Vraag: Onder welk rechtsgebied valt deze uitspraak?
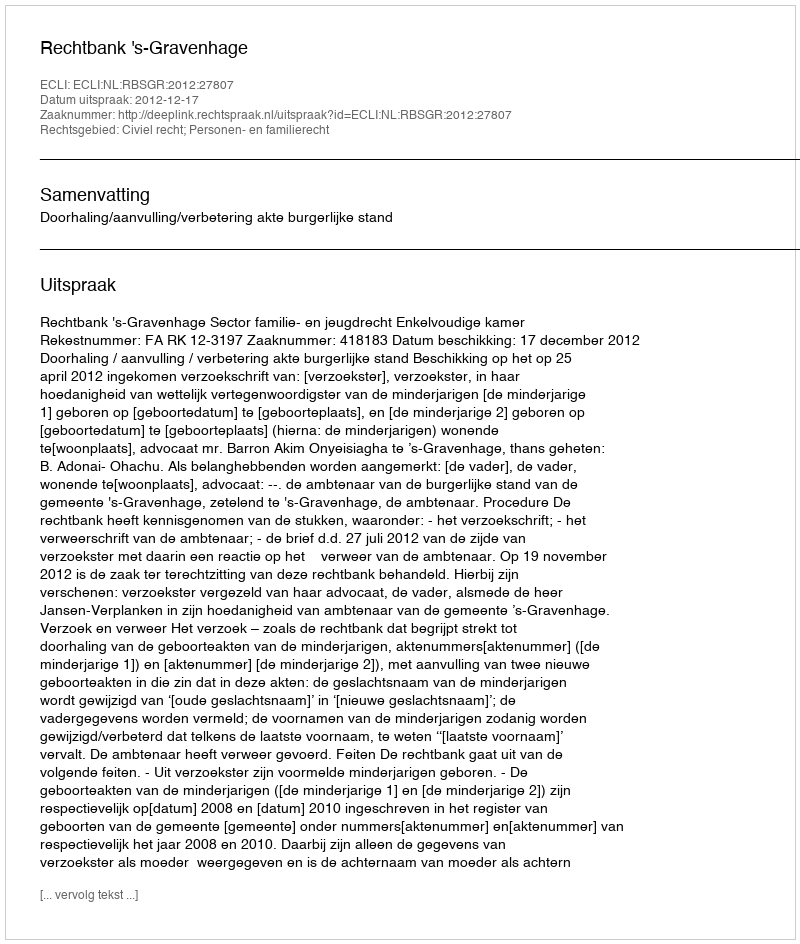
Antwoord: Civiel recht; Personen- en familierecht